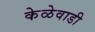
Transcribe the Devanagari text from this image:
केळेवाडी